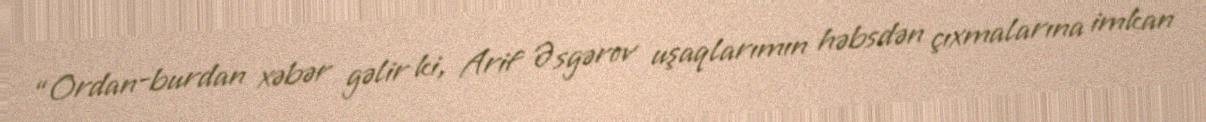
“Ordan-burdan xəbər gəlir ki, Arif Əsgərov uşaqlarımın həbsdən çıxmalarına imkan